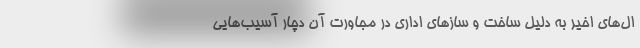
ال‌‌های اخیر به دلیل ساخت و سازهای اداری در مجاورت آن دچار آسیب‌هایی